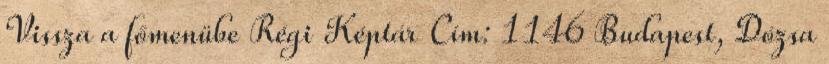
Vissza a főmenübe Régi Képtár Cím: 1146 Budapest, Dózsa